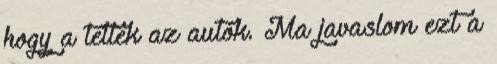
hogy a tettek az autók. Ma javaslom ezt a